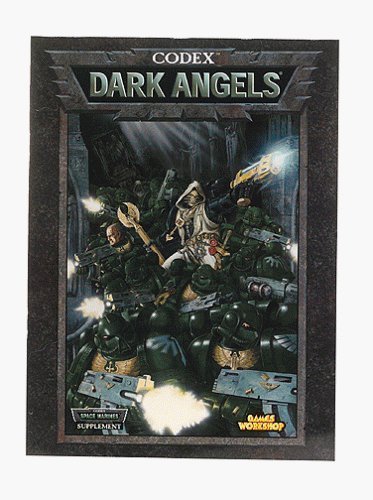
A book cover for Codex Dark Angels (Warhammer 40,000); Jervis Johnson; Science Fiction & Fantasy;